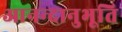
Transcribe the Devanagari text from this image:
आनन्‍दानुभूति